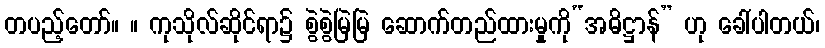
တပည့်တော်။ ။ ကုသိုလ်ဆိုင်ရာ၌ စွဲစွဲမြဲမြဲ ဆောက်တည်ထားမှုကို“အဓိဋ္ဌာန်” ဟု ခေါ်ပါတယ်၊